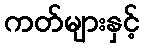
ကတ်များနှင့်